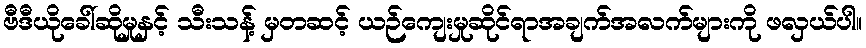
ဗီဒီယိုခေါ်ဆိုမှုနှင့် သီးသန့် မှတဆင့် ယဉ်ကျေးမှုဆိုင်ရာအချက်အလက်များကို ဖလှယ်ပါ။